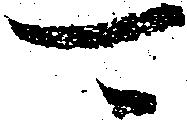
可